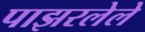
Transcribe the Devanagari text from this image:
पाझरलेले